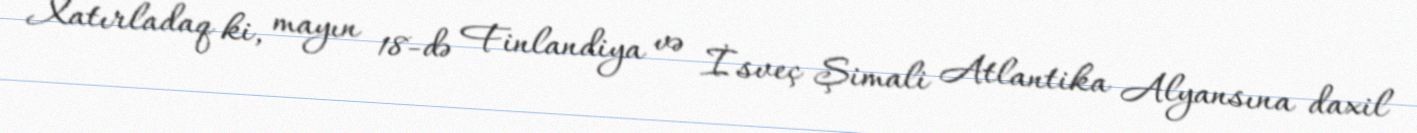
Xatırladaq ki, mayın 18-də Finlandiya və İsveç Şimali Atlantika Alyansına daxil